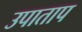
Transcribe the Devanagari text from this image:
उपाताप